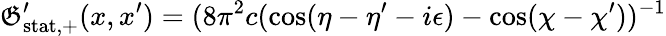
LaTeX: \mathfrak{G}_{\mathrm{{stat,+}}}^{\prime}(x,x^{\prime})=(8\pi^{2}c(\cos(\eta-\eta^{\prime}-i\epsilon)-\cos(\chi-\chi^{\prime}))^{-1}